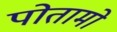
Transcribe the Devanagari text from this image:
पोतामो